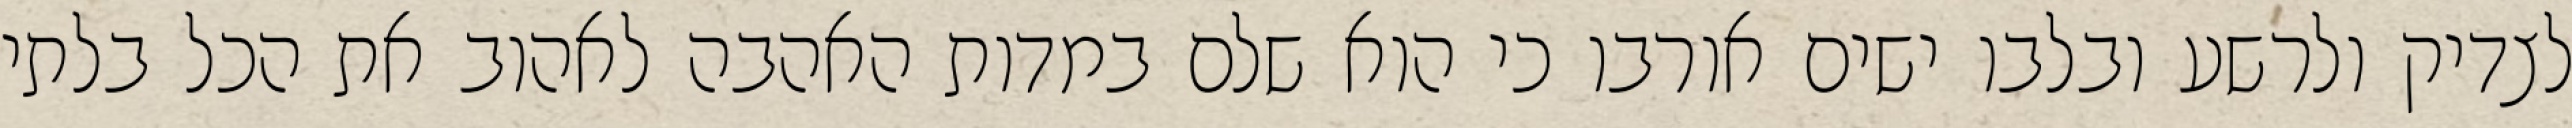
לצדיק ולרשע ובלבו ישים אורבו כי הוא שלם במדות האהבה לאהוב את הכל בלתי